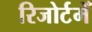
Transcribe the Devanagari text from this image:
रिजोर्टमेँ